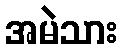
အမဲသား